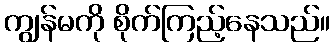
ကျွန်မကို စိုက်ကြည့်နေသည်။